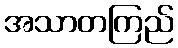
အသာတကြည်